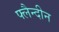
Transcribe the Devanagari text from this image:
फ्लैन्दीन